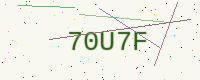
Text: 70U7F